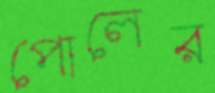
পোলের